Vaccination in the Punjab 1905-1918 - 1905-1918
Year: 1905
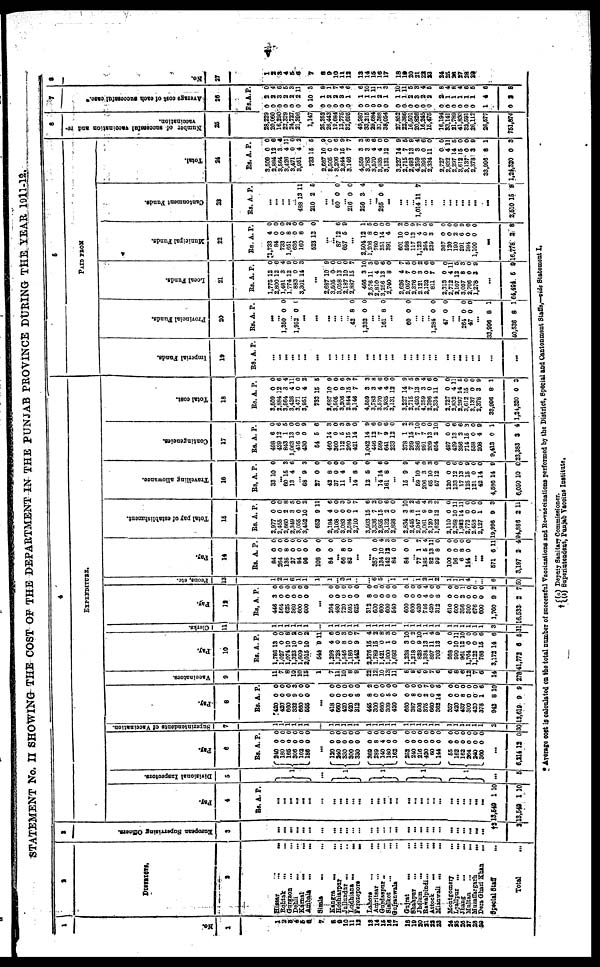
v
STATEMENT No. II SHOWING THE COST OF THE DEPARTMENT IN THE PUNJAB PROVINCE DURING THE YEAR 1911-12.
1
No.
1
1
2
3
4
5
6
7
8
9
10
11
12
13
14
15
16
17
18
19
20
21
22
23
24
25
26
27
28 29
2
DISTRICTS.
2
Hissar
...
...
Rohtak
...
...
Gurgaon ... ...
Dehli ... ...
Karnal
...
...
Ambala
...
...
Simla ... ...
Kangra
...
...
Hoshiarpur
...
...
Jullundur ... ...
Ludhiana ... ...
Ferozepore
...
Lahore
...
...
Amritsar
...
...
Gurdaspur
...
...
Sialkot
...
...
Gujranwala ...
Gujrat ... ...
Shahpur
...
...
Jhelum
...
...
Rawalpindi ... ...
Attock
...
...
Mianwali ... ...
Montgomery
...
Lyallpur ... ...
Jhang
...
...
Multan
...
...
Muzaffargarh
...
...
Dora Ghazi Khan ... ...
Special Staff ...
Total ...
3
Eur ope a n Super vi s i
ng Officers.
3
...
...
...
...
...
...
...
...
...
...
...
...
...
...
...
...
...
...
...
...
...
...
...
...
...
...
...
...
...
†2
2
4
EXPENDITURE.
Pay.
4
Rs. A. P.
...
...
... ...
...
...
...
...
...
...
...
...
...
...
...
...
...
...
...
...
...
...
...
...
...
...
...
...
...
13,649
13,5648
1
1
10
10
Divisional Inspectors.
5
1
...
1
1
1
1
...
5
Pay.
6
Rs.
240
180
166
306
102
186
A.
0
0
0
0
0
0
P.
0
0
0
0
0
0
...
120
240
330
300
330
369
289
140
180
162
252
240
216
420
60
144
55
162
162
264
240
360
0
0
0
0
0
0
8 4
0
0
0
0
0
0
0
0
0
0
0
0
0
0
0
0
0
0
0
0
0 0
0 0
0
0
0
0
0
0
0
0
0
0
0
0
...
6,214 12 0
Superintendents of Vaccination.
7
1
1
1
1
1
1
1
...
1
1
1
1
1
1
1
1
1
1
1
1
1
1
1 1
1
1
1
1
1
1
2
30
Pay.
8
Rs.
420
420
660
332
660
555
...
418
660
420
420
312
445
300
660
309
420
660
387
506
375
660
362
357
420
437
300
420
378
943
13,619
A.
0
0
0
9
0
0
0
0
0 0
8
8
0
0
5
0
0
8
0
2
0
14
0
0
8
0
0 1
8
9
P.
0
0
0
3
0
0
0
0
0 0
0
2
0
0
0
0
0
0
0
7
0
5
0
0
0
0
0
6
10
9
Vaccinators.
9
11
7
8
10
10
15
1
7
11
10
8
9
22
12
10
13
11
8
8
6
9
7
6
6
8
6
12
7
8
14
278
Pay.
10
Rs.
1,786
1,027
1,074
1,323
1,609
2,015
544
1,298
1,728
1,546
1,186
1,442
2,376
1,789
1,421
1,900
1,692
1,238
1,218
828
1,334
897
703
988
990
961
1,764
1,122
788
3,173
41,772
A.
13
0
10
10
0
10
9
4
0
8 0
9
15
15
0
1
0
3
0
9
13
11
13
0
10
12
0
0
15
14
6
P.
0
0
8
2
0
2
11
6
0
3
0
7
4
2
8
3
0
10
2
10
1
4
9
0
11
10
0
0
6
6
5
Clerks.
11
1
1
1
1
1
1
...
1
1
1
1
1
1
1
1
1
1
1
1
1
1
1
1
1
1
1
1
1
1
3
31
Pay.
12
Rs.
446
564
625
260
600
600
...
264
480
720 595
625
312
600
600
600
540
600
600
420
746
420
312
610
600
356
300
676
600
1,760
16,533
A.
3
0
0
0
0
0
0
0
0 0
0
8
0 0
0 0
0
0
0
4
0 8
0
0 2
0
0
0
9
2
P.
0
0
0
0
0
0
0
0
0 0
0
0
0 0
0
0
0
0
0 4
0
0
0
0
1
0
0 0
2
7
Peons, etc.
13
1
2
1
6
1
1
1
1
...
3 l
...
...
6
5
... 1
1
...
1
2
1
2 1
1
1
4
... ...
6
50
Pay.
14
Rs.
84
264
135
27
84
96
108
84
...
66 83
A.
0
0
8
0
0
0
0
0
8 0
P.
0
0
0
0
0
0
0
0
0
0
...
...
357
134
142 84
84
0
10
12 0
0
0 4
3 0
0
...
77
185
82 99
100
96
6
144
1
5
13 8
0
0 8
0
7
4
11 0
0
0
0
0
... ...
571
3,197
6
2
11
4
Total pay of establishment.
15
Rs.
2,977
2,455
2,660
2,349
3,055
3,452
652
2,184
3,108
3,083 2,584
2,710
3,503
3,336
2,955
3,132
2,898
2,834
2445
2,047
3,061
2 120
1,622
2,110
2 268
1,923
2,772
2,458
2,127
19,996
84,886
A.
0
0
2
3
0
10
9
4
0
0 0
1
15
7
15
2
0
3
8
11
9
9
12
0
10
14
0
0
l
9
2
P.
0
0
8
5
0
2
11
6
0
3
0
7
6
2
0
6
0
10
2
5
4
3
2
0
11
11
0
0
0
3
11
Travelling allowance.
16
Rs.
33
A.
10
P.
0
... 60
13
15
4
3
6
... 68
27
42
37
11
9
0
8
0
4
3
0
0
0
0
...
14
12
8
5
0
0
... 14
161
14
8
6
0
...
15 9 9
...
59
206
65 57
120
133
17
125
121
42
4,586
6,050
10
3
10 12
0
12
13
15
0
14
14
10
6
0
3 0
0
6 0
9
0
0
9
0
Contingencies.
17
Rs.
498
429
843
1,063
416
430
54
460
360
112
260
421
1,042
446 599
641 233
378
269
386
991
209 654
497
429
356
714
558 208
9,413
23,383
A.
6
13
1
13
0
0
5
14
0
5 15
14
14
12 7
9 12
1
15
7
7
13 2
0
13
2
15
0 4
0
3
P.
0
6
5
0
0
9
6
3
0
3 9
0
9
6 0
6 0
2
3
10
0
0 10
0
6
6
3
0
9
1
4
Total cost.
18
Rs.
3,509
2,884
3,564
3,426
3,471
3,951
733
2,687
3,505
3,208
2,844
3,146
4,559
3,783
3,570
3,935 3,131
3,227
2,715
2,493
4,259
2,396 2,334
2,727
2,832
2,297
3,612
3,137
2,378
33,996
1,24,320
A.
0
12
3
4
0
4
15
10
0
9
15
7
3
3 4
4
12
14
7
13
3
0 11
0
4
14
15
0 3
8
0
P.
0
6
4
11
0
2
5
9
0
6
9
7
3
8
6
0
0
9
5
9
4
6 0
0
11
5
0
0 9
1
3
6
PAID FROM
Imperial Funds.
19
Rs. A. P.
...
...
...
...
...
...
...
...
...
...
...
...
...
... ...
... ...
...
...
...
...
... ...
...
...
...
...
... ...
...
...
Provincial Funds.
20
Rs. A. P.
...
...
1,350 0 0
...
1,952 0 0
...
...
...
...
...
...
42
1,332
8
0
0
0
...
...
161 8 0
...
60 0 0
...
...
... 1,284
47
0
0
0
0
...
...
264
47
0
0
0
0
...
33,996
40,536
8
8
1
1
Local Funds.
21
Rs.
1,775
2,800
1,481
1,774
883
3,301
A.
12
12
3
12
0
14
P.
0
6
4
9
0
3
...
2,687
3,505
3,058
2,187
2,887
466
2,576
2,810
3,256
2,740
2,626
2,057
2,376
2,121
2,132
811
2,313
2,712
2,107
3,057
2,706
1,278
10
0
13
10
15
3
11
4
13
8
4
7
0
3
0
7
0
4
12
8
0
3
9
0
0
0
7
10
3
6
6
0
7
5
0
2
6
6
0
11
5
3
0
9
...
64,494 5 9
Municipal Funds.
22
Rs.
1,733
84
733
1,651
636
160
523
A.
4
0
0
8
0
8
13
P.
0
0
0
2
0
0
0
...
...
87
657
12
5
6
9
...
2,504
1,206
760
251
391
601
598
117
1,123
264
239
367
120
190
291
384
1,100
12
8
0
14
4
10
0
13
4
0
3
0
0
2
6
0
0
1
5
0
0
0
2
0
9
7
0
6
0
0
0
9
0
0
...
16,778 2 8
Cantonment Funds.
23
Rs. A. P.
...
...
... ...
...
488
210
13
2
11
5
...
...
60
216
256
0
0
3
0
0
4
...
...
265 0 6
...
...
...
...
1,014 11 7
...
...
...
...
...
...
...
...
...
2,510 15 9
Total.
24
Rs.
3,509
2,884
3,564
3,426
3,471
3,951
733
2,687
3,505
3,206
2,844
3,146
4,559
3,783
3,570
3,935
3,131
3,227
2,716
2,493
4,259
2,396
2,334
2,727
2,832
2,297
3,612
3,137
2,378
33,996
1,24,320
A.
0
12
3 4
0
4
15
10
0
9
15
7
3
3
4
4
12
14
7
13
3
0
11
0
4
14
15
0
3
8
0
P.
0
6
4
11
0
2
5
9
0
6
9
7
3
8
6
0
0
9
5
9
4
6
0
0
11
5
0
0
9
1
3
6
Number of successful vaccination and re
vaccination.
25
28,229
20,060
16,290
22,329
24,727
21,396
1,147
25,252
26,443
19,684
13,775
32,696
49,987
33,215
29,684
31,388
38,054
27,852
22,386
16,501
20,826 16,245
15,476
16,194
33,141
21,789
41,830
32,591
26,112
26,577
751,874
7
Average cost of each successful case.
26
Rs.
0
0
0
0
0
0
0
0
0
0
0
0
0
0
0
0
0
0
0
0
0
0
0
0
0
0
0
0
0
1
0
A.
2
2
3
2
2
2
10
1
2
2
3
1
1
1
1
2
1
1
1
2
3
2
2
2
1
1
1
1
1
4
2
P.
0
4
6
5
3
11
3
8
1
7 4
6
6
10
11
1
3
10
11
5
3
4
5
8
4
8
4
6
5
6
8
8
No.
27
1
2
3
4
5
6
7
8
9
10
11
12
13
14
15
16
17
18
19
20
21
22
23
24
25
26
27
28
29
* Average cost is calculated on the total number of successful Vaccinations and Re-vaccinations performed by the District, Special and Cantonment Staffs,—vide Statement I.
† (a)
(b)
Deputy Sanitary Commissioner.
Superintendent, Punjab vaccine Institute.